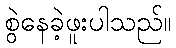
စွဲနေခဲ့ဖူးပါသည်။